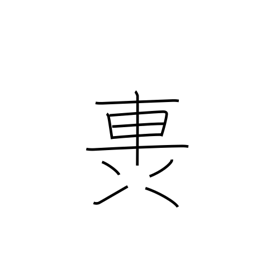
Meaning: rumble